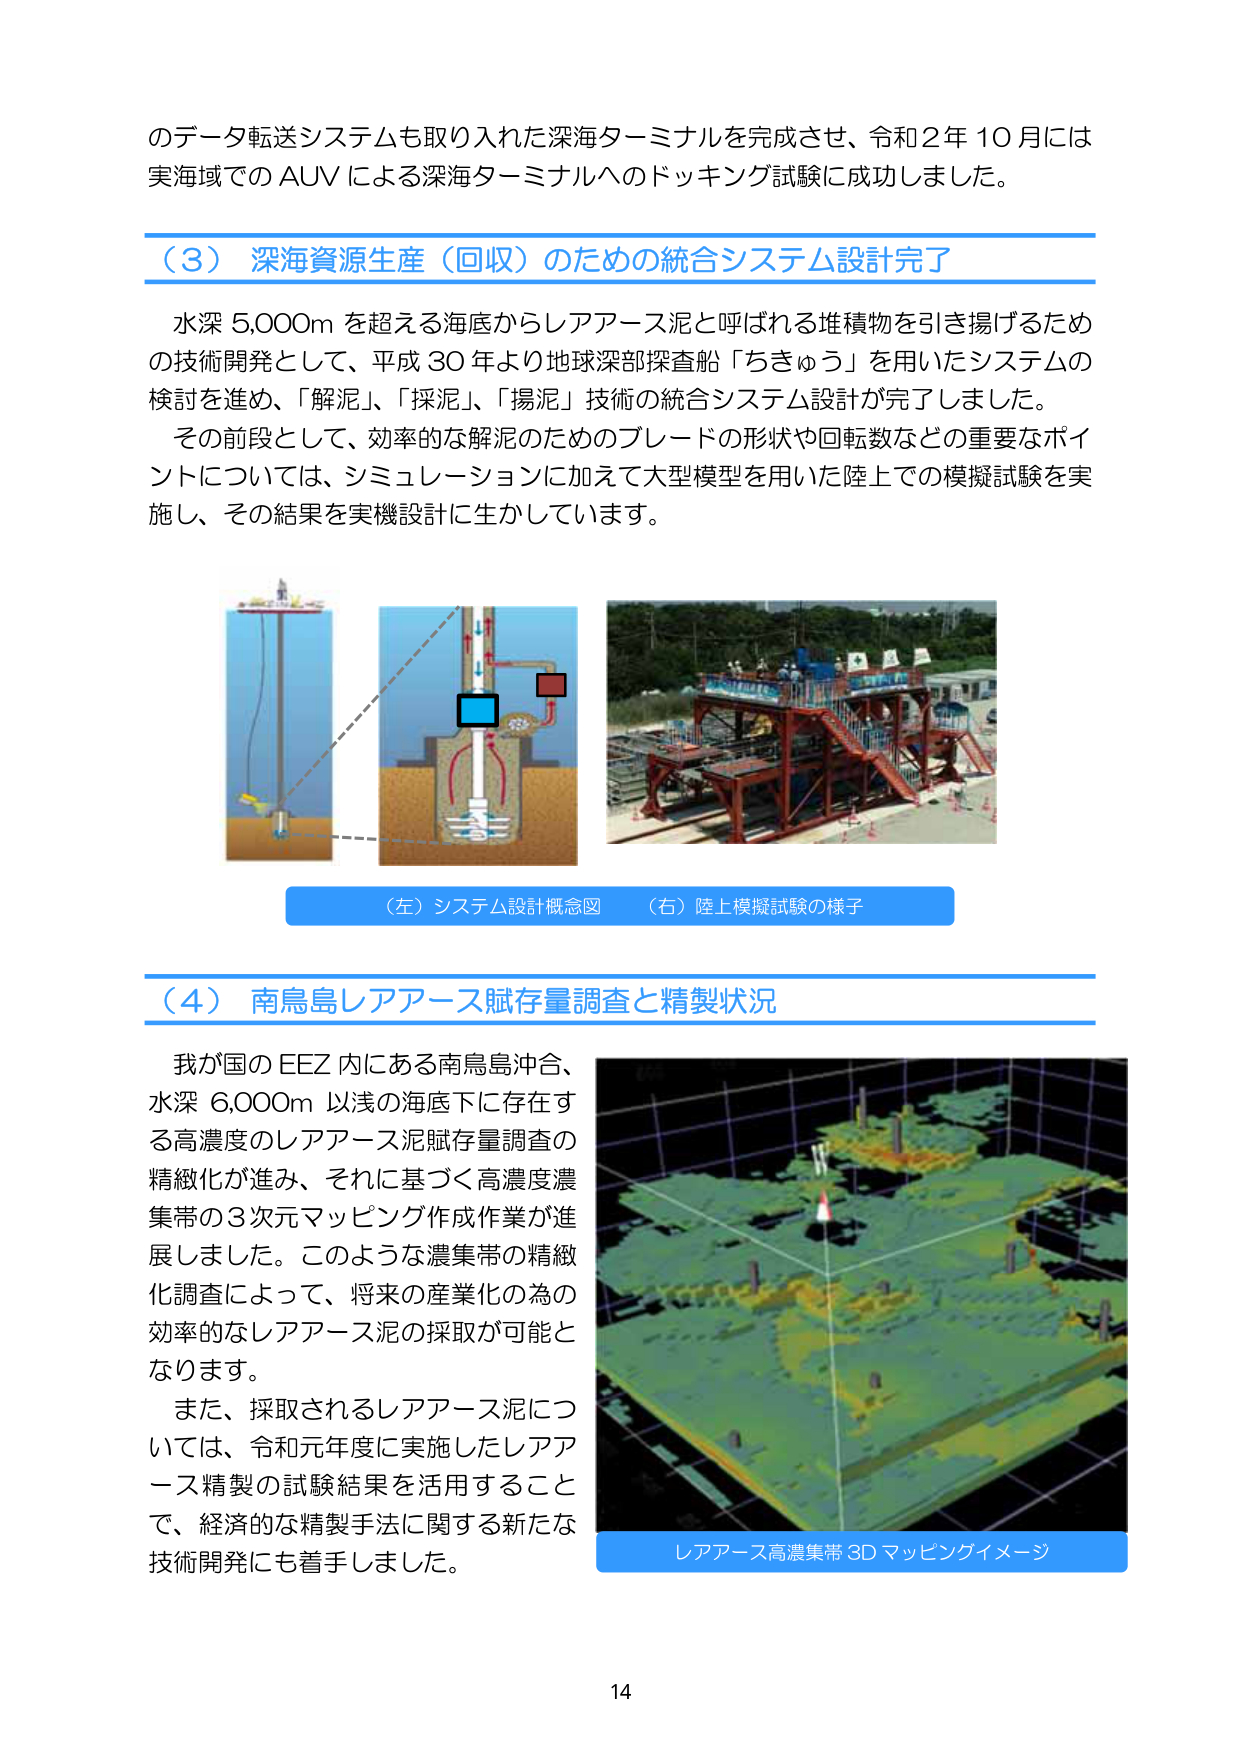
のデータ転送システムも取り入れた深海ターミナルを完成させ、令和２年１０月には
実海域でのAUVによる深海ターミナルへのドッキング試験に成功しました。

（３）深海資源生産（回収）のための統合システム設計完了

水深5,000mを超える海底からレアアース泥と呼ばれる堆積物を引き揚げるため
の技術開発として、平成30年より地球深部探査船「ちきゅう」を用いたシステムの
検討を進め、「解泥」、「採泥」、「揚泥」技術の統合システム設計が完了しました。
その前段として、効率的な解泥のためのブレードの形状や回転数などの重要なポイントについては、シミュレーションに加えて大型模型を用いた陸上での模擬試験を実施し、その結果を実機設計に生かしています。

（左）システム設計概念図　（右）陸上模擬試験の様子

（４）南鳥島レアアース賦存量調査と精製状況

我が国のEEZ内にある南鳥島沖合、
水深6,000m以浅の海底下に存在す
る高濃度のレアアース泥賦存量調査の
精緻化が進み、それに基づく高濃度濃
集帯の3次元マッピング作成作業が進
展しました。このような濃集帯の精緻
化調査によって、将来の産業化の為の
効率的なレアアース泥の採取が可能と
なります。
また、採取されるレアアース泥につ
いては、令和元年度に実施したレアア
ース精製の試験結果を活用することで、経済的な精製手法に関する新たな
技術開発にも着手しました。

レアアース高濃集帯3Dマッピングイメージ

14